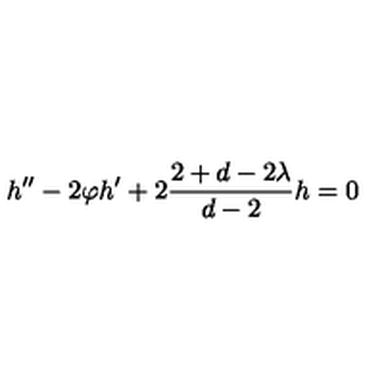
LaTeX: h ^ { \prime \prime } - 2 \varphi h ^ { \prime } + 2 \frac { 2 + d - 2 \lambda } { d - 2 } h = 0